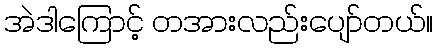
အဲဒါကြောင့် တအားလည်းပျော်တယ်။